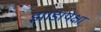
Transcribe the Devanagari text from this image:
झाडांपेक्षा